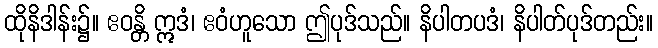
ထိုနိဒါန်း၌။ ဧဝန္တိ ဣဒံ၊ ဧဝံဟူသော ဤပုဒ်သည်။ နိပါတပဒံ၊ နိပါတ်ပုဒ်တည်း။